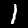
Label: 1